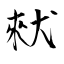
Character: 猌